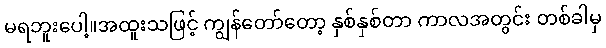
မရဘူးပေါ့။အထူးသဖြင့် ကျွန်တော်တော့ နှစ်နှစ်တာ ကာလအတွင်း တစ်ခါမှ